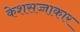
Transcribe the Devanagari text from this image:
केशसज्जाकार